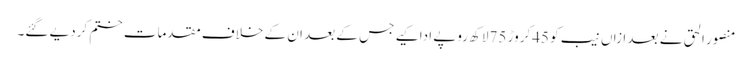
منصور الحق نے بعد ازاں نیب کو 45کروڑ 75لاکھ روپے ادا کیے جس کے بعد ان کے خلاف مقدمات ختم کردیے گئے۔